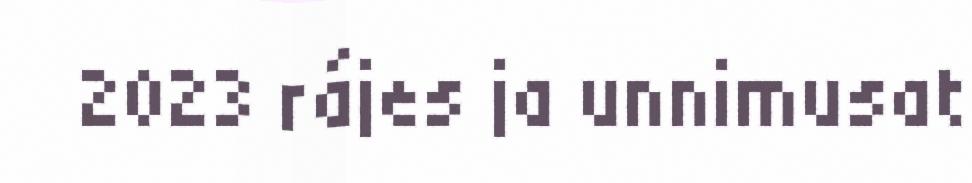
2023 rájes ja unnimusat